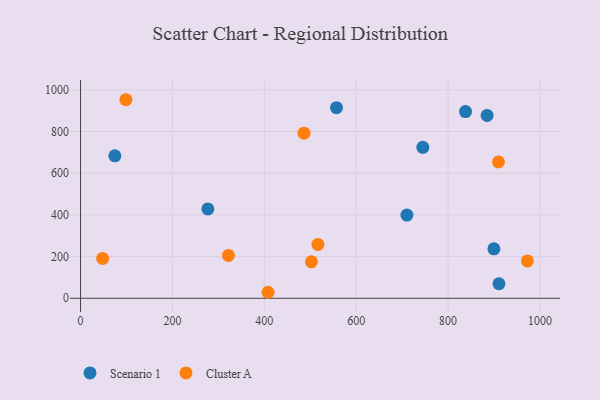
{"axis": {"x": "Distance", "y": "Fuel Efficiency"}, "legend": ["Cluster A", "Scenario 1"], "data": [{"x": "710.3", "y": 398.9, "type": "Scenario 1"}, {"x": "884.9", "y": 877.1, "type": "Scenario 1"}, {"x": "910.7", "y": 69.8, "type": "Scenario 1"}, {"x": "74.7", "y": 683.1, "type": "Scenario 1"}, {"x": "899.7", "y": 237.0, "type": "Scenario 1"}, {"x": "557.1", "y": 914.1, "type": "Scenario 1"}, {"x": "745.0", "y": 723.8, "type": "Scenario 1"}, {"x": "277.1", "y": 428.4, "type": "Scenario 1"}, {"x": "837.9", "y": 895.5, "type": "Scenario 1"}, {"x": "408.2", "y": 28.8, "type": "Cluster A"}, {"x": "516.6", "y": 258.5, "type": "Cluster A"}, {"x": "486.5", "y": 791.6, "type": "Cluster A"}, {"x": "909.6", "y": 653.8, "type": "Cluster A"}, {"x": "321.9", "y": 205.7, "type": "Cluster A"}, {"x": "972.5", "y": 179.2, "type": "Cluster A"}, {"x": "48.1", "y": 191.3, "type": "Cluster A"}, {"x": "502.4", "y": 174.9, "type": "Cluster A"}, {"x": "98.8", "y": 952.2, "type": "Cluster A"}]}